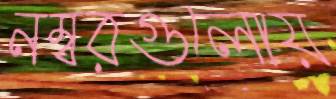
নম্বরগুলোয়